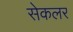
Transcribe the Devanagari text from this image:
सेकलर